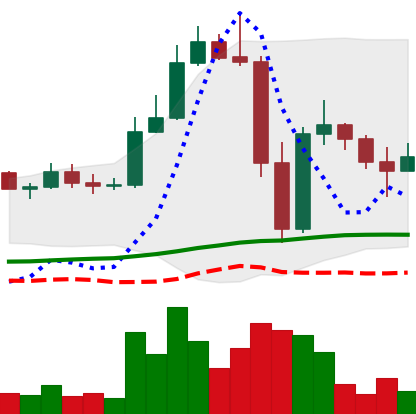
Ticker: LTC-USD
Chart end date: 2022-11-15
Forward return: 6.887%
Label: up_5_7